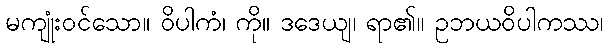
မကျုံးဝင်သော။ ဝိပါကံ၊ ကို။ ဒဒေယျ၊ ရာ၏။ ဥဘယဝိပါကဿ၊